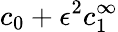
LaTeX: c_{0}+\epsilon^{2}c_{1}^{\infty}